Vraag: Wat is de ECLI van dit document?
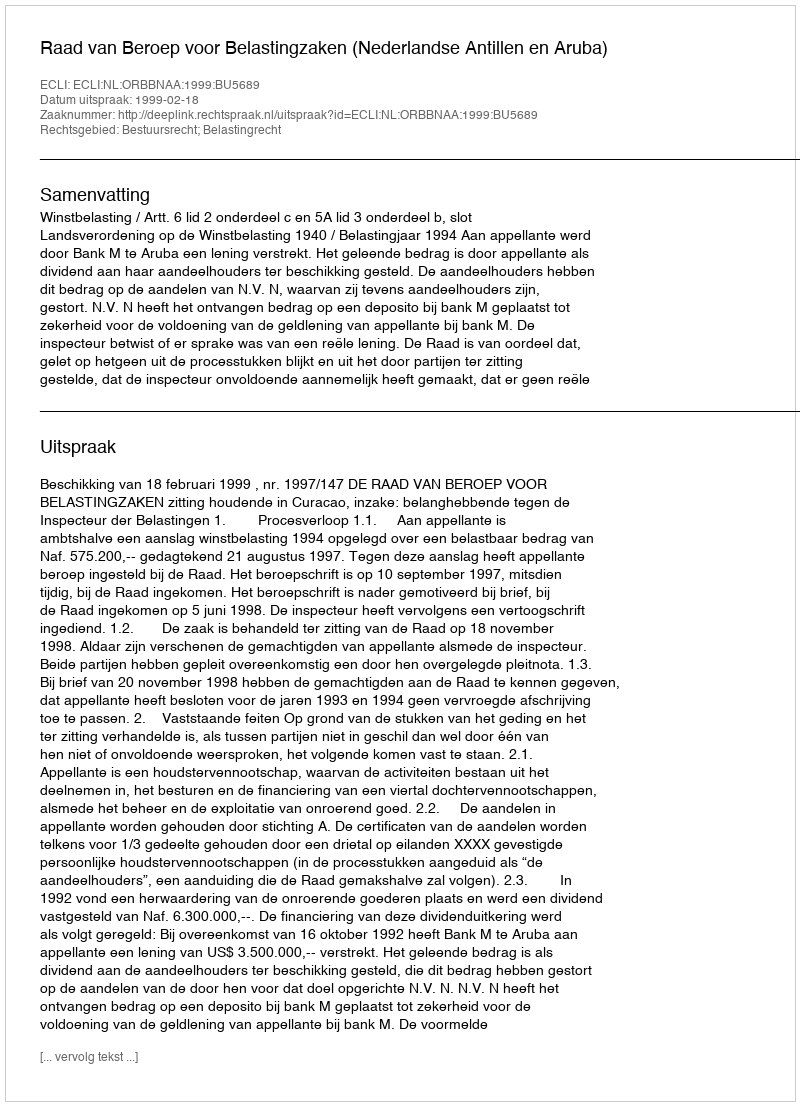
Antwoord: ECLI:NL:ORBBNAA:1999:BU5689